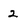
Character: 2